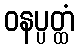
ဝနပ္ပတ္ထံ